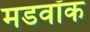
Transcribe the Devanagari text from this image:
मडवॉक